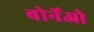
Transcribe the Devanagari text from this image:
बोर्नेओ